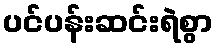
ပင်ပန်းဆင်းရဲစွာ